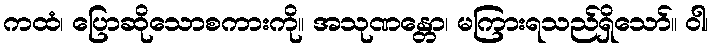
ကထံ၊ ပြောဆိုသောစကားကို။ အသုဏန္တော၊ မကြားရသည်ရှိသော်။ ဝါ၊